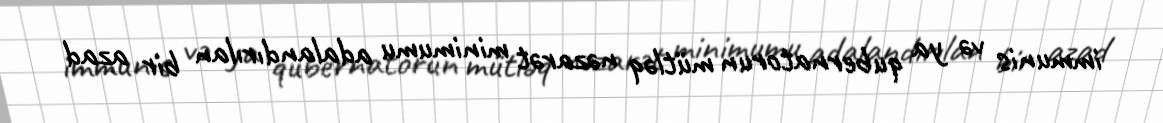
immunis və ya qubernatorun mütləq nəzarət minimumu adalandırılan bir azad